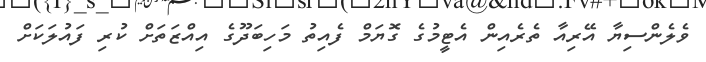
ވެލެންސިޔާ އޭރިއާ ތެރެއިން އެޓީމުގެ ގޮޔަމް ފެއިތު މަހިބަދޫގެ އިއްޒަތަށް ކުރި ފައުލަކަށް